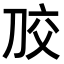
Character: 𭃠